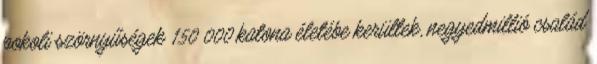
pokoli szörnyűségek 150 000 katona életébe kerültek, negyedmillió család